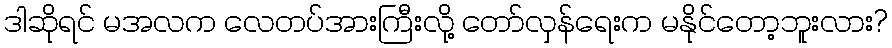
ဒါဆိုရင် မအလက လေတပ်အားကြီးလို့ တော်လှန်ရေးက မနိုင်တော့ဘူးလား?